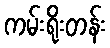
ကမ်းရိုးတန်း